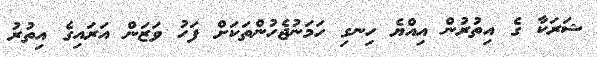
ޝަރަކާ ގެ އިތުރުން އިއްޔެ ހިނގި ހަމަނުޖެހުންތަކަށް ފަހު ވަޒަން އަރައިގެ އިތުރު